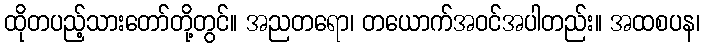
ထိုတပည့်သားတော်တို့တွင်။ အညတရော၊ တယောက်အဝင်အပါတည်း။ အထစပန၊